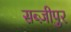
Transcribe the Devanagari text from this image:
सब्ज़ीपुर